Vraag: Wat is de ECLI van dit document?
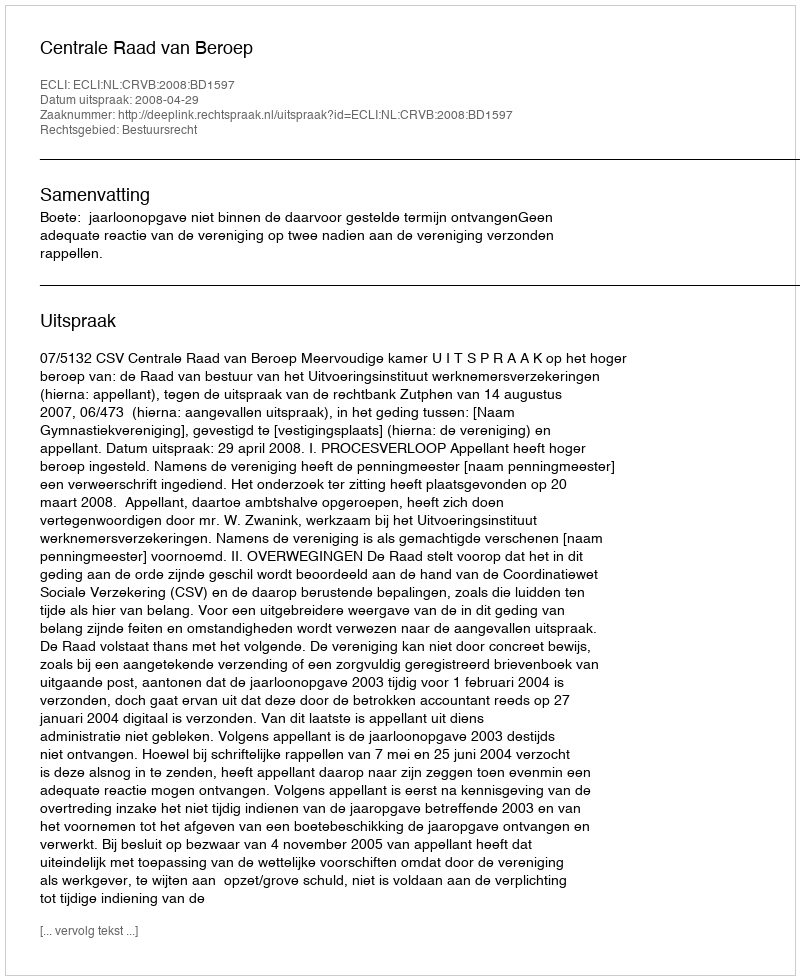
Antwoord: ECLI:NL:CRVB:2008:BD1597